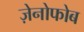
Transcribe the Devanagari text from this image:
ज़ेनोफोब